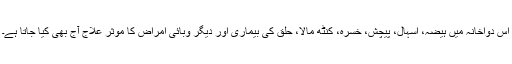
اس دواخانہ میں ہیضہ، اسہال، پیچش، خسرہ، کنٹھ مالا، حلق کی بیماری اور دیگر وبائی امراض کا موثر علاج آج بھی کیا جاتا ہے۔